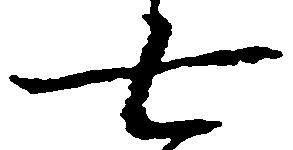
七